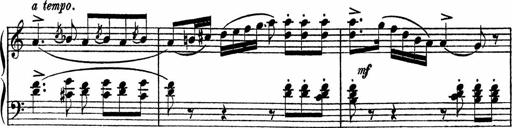
Title: Piano Sonatinas
Composer: Charles Fradel